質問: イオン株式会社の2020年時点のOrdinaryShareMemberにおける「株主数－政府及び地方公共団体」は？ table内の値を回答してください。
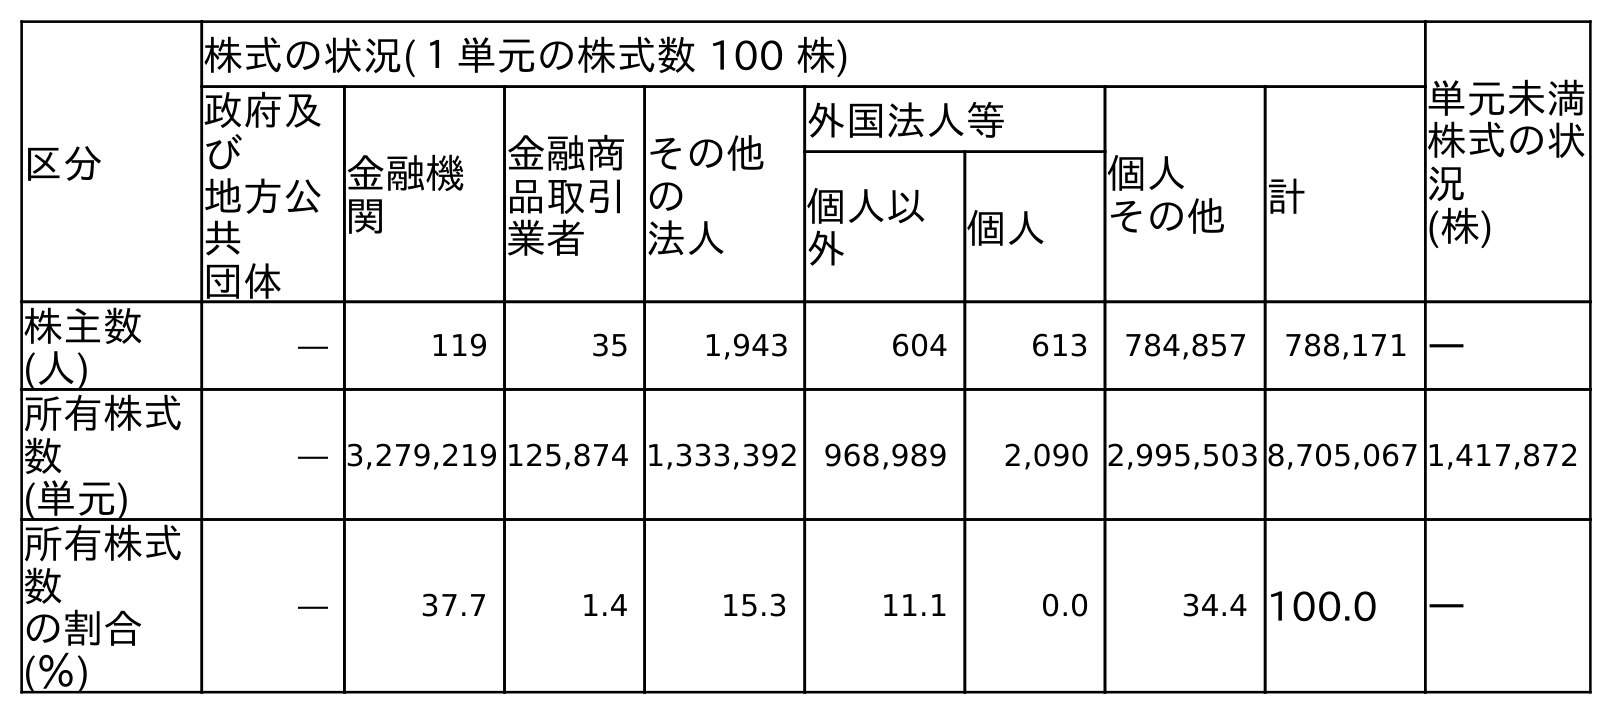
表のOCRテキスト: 区分 株式の状況(１単元の株式数 100 株) 単元未満 株式の状 況 (株) 政府及 び 地方公 共 団体 金融機 関 金融商 品取引 業者 その他 の 法人 外国法人等 個人 その他 計 個人以 外 個人 株主数 (人) ― 119 35 1,943 604 613 784,857 788,171 ― 所有株式 数 (単元) ― 3,279,219 125,874 1,333,392 968,989 2,090 2,995,503 8,705,067 1,417,872 所有株式 数 の割合 (％) ― 37.7 1.4 15.3 11.1 0.0 34.4 100.0 ―
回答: ―